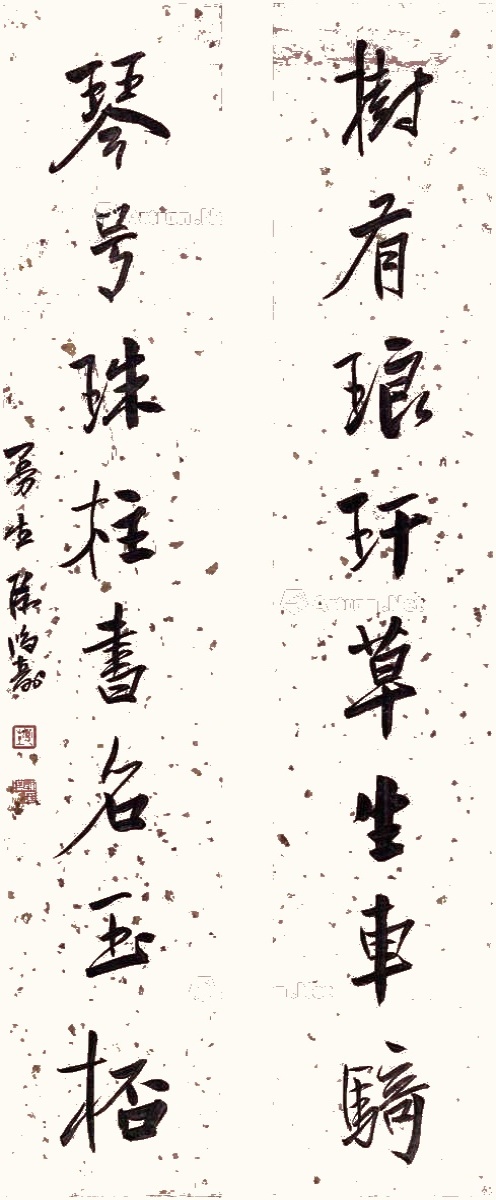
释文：树有琅玕草生车骑，琴号珠柱书名玉杯。曼生陈鸿寿。